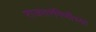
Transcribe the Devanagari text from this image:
राजतरंगिणीच्या